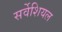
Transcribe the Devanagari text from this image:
सर्वेशियल